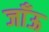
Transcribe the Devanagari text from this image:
जाँऊ